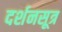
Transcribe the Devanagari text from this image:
दर्शनसूत्र